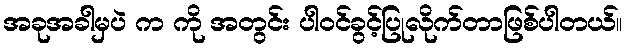
အခုအခါမှပဲ က ကို အတွင်း ပါဝင်ခွင့်ပြုလိုက်တာဖြစ်ပါတယ်။